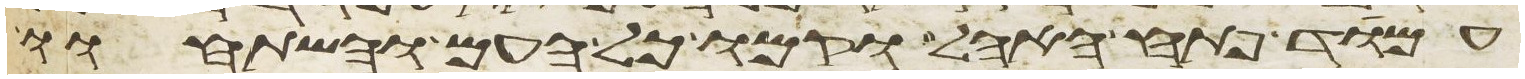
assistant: עמד פתח האהל וקמו כל העם והשתחוו